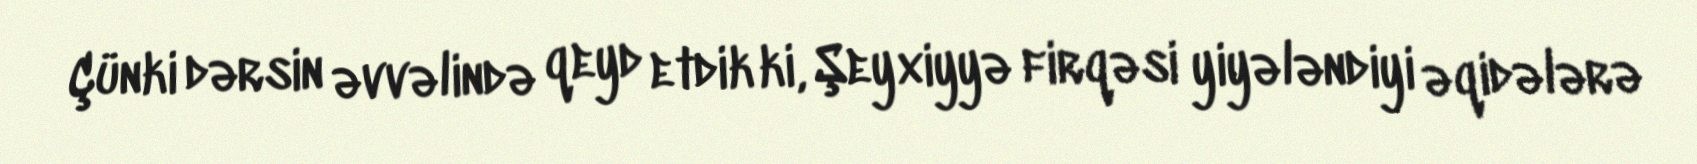
Çünki dərsin əvvəlində qeyd etdik ki, Şeyxiyyə firqəsi yiyələndiyi əqidələrə